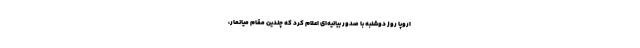
اروپا روز دوشنبه با صدور بیانیه‌ای اعلام کرد که چندین مقام میانمار،